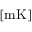
[ \mathrm { m K } ]